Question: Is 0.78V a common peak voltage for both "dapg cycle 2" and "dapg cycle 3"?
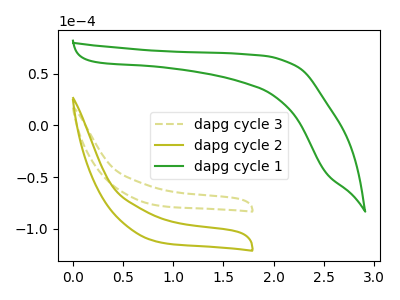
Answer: <think>The olive dashed curve "dapg cycle 3" has no peaks. The olive curve "dapg cycle 2" has no peaks. The green curve "dapg cycle 1" has no peaks.</think>
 <answer>No, "dapg cycle 2" and "dapg cycle 3" dont share a peak at 0.78V.</answer>
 <eval>mismatch</eval>